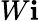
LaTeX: W\mathbf{i}